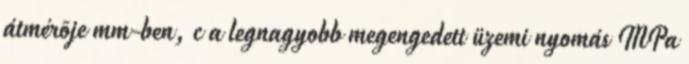
átmérõje mm-ben, c a legnagyobb megengedett üzemi nyomás MPa